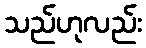
သည်ဟုလည်း